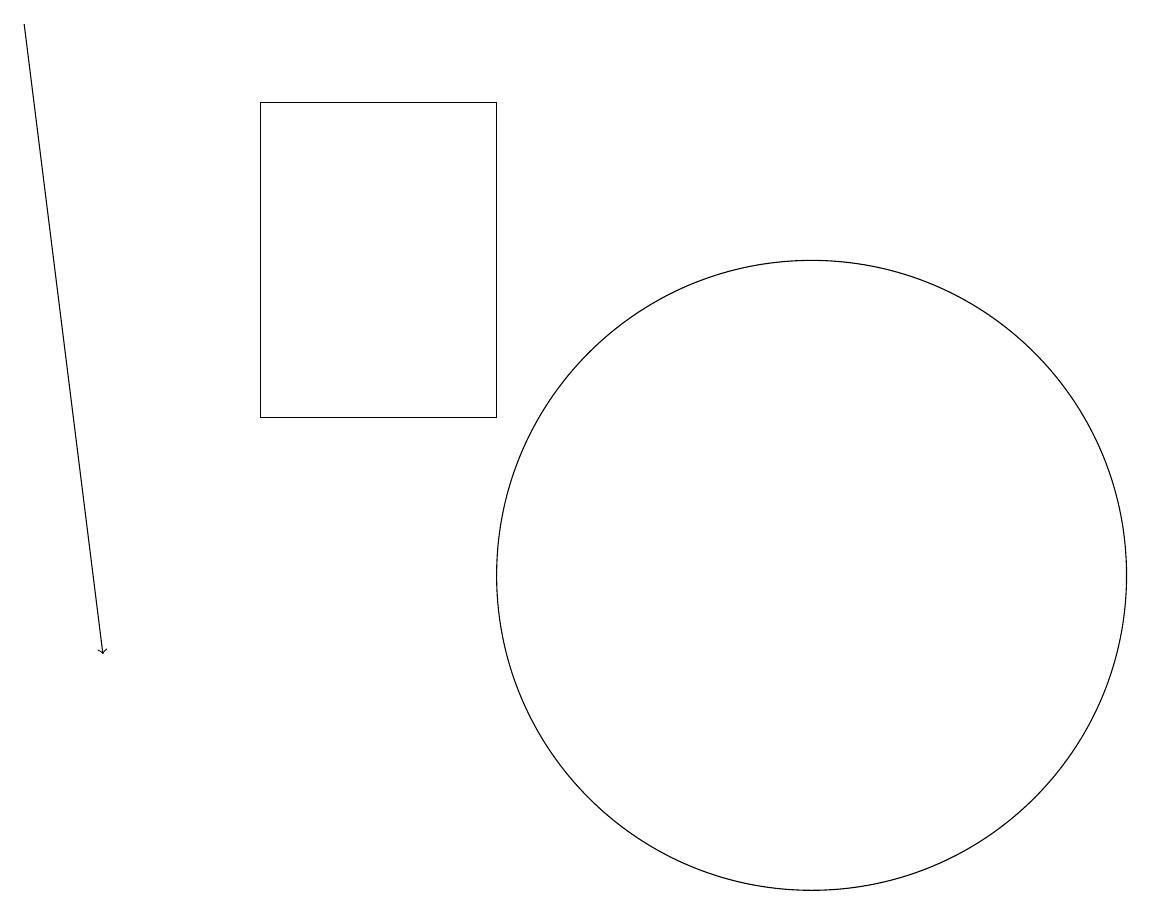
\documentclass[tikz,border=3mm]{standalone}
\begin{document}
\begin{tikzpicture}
\draw (7,17) rectangle (4,13);
\draw[->] (1,18) -- (2,10);
\draw (11,11) circle (4);
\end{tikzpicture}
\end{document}